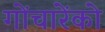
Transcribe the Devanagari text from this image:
गोंचारेंको